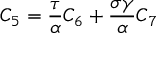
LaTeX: C _ { 5 } = \frac \tau \alpha C _ { 6 } + \frac { \sigma \gamma } \alpha C _ { 7 }